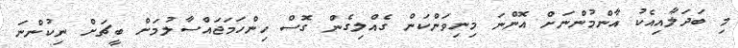
މި ބަދަލާއިއެކު އާންމުންނަށް އޮންނަ މިނިވަންކަން ގެއްލިގެން ގޮސް ހިންހަމަޖައްސާލުމަށް ބީޗަށް ނިކުންނަ